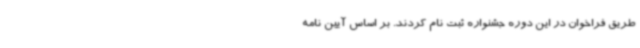
طریق فراخوان در این دوره جشنواره ثبت نام کردند. بر اساس آیین نامه